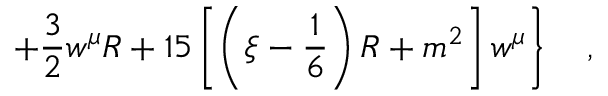
\left. + \frac 3 2 w ^ { \mu } R + 1 5 \left[ \left( \xi - \frac 1 6 \right) R + m ^ { 2 } \right] w ^ { \mu } \right\} ~ ~ ~ ,